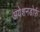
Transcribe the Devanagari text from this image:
अयेशनडोर्फ़